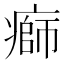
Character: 𤹌